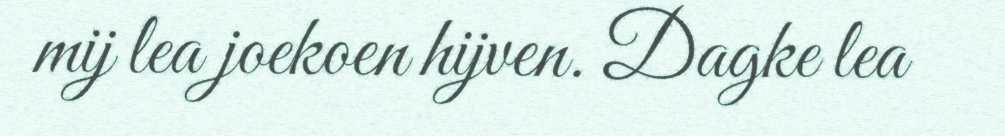
mij lea joekoen hijven. Dagke lea